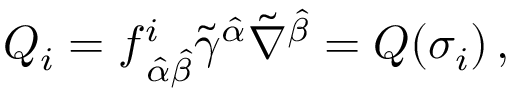
Q _ { i } = f _ { \, \hat { \alpha } \hat { \beta } } ^ { i } \tilde { \gamma } ^ { \hat { \alpha } } \tilde { \nabla } ^ { \hat { \beta } } = { \cal Q } ( \sigma _ { i } ) \, ,